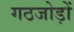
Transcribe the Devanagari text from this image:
गठजोड़ों